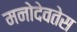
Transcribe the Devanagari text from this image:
मनोदेवतेस